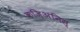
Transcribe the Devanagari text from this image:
कज़िअनिस्